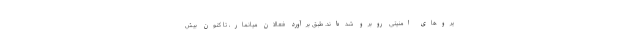
یروهای امنیتی روبرو شده‌اند. طبق برآورد فعالان میانمار، تا کنون بیش